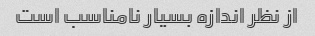
از نظر اندازه بسیار نامناسب است